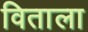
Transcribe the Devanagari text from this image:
विताला